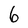
Character: 6